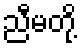
ညီမတို့